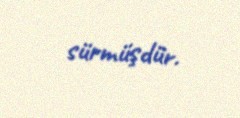
sürmüşdür.